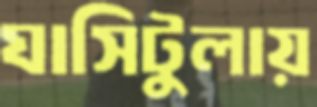
ঘাসিটুলায়